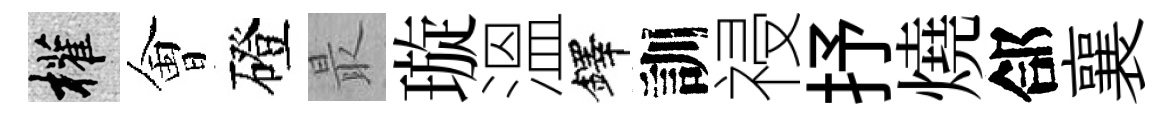
權㑹磴最璇溫鐸訓祲抒燒郃襄